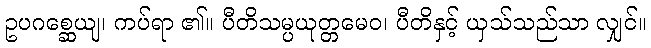
ဥပဂစ္ဆေယျ၊ ကပ်ရာ ၏။ ပီတိသမ္ပယုတ္တမေဝ၊ ပီတိနှင့် ယှသ်သည်သာ လျှင်။